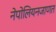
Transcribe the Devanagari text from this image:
नेपोलियनजाणत